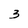
Character: 3